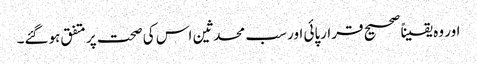
اور وہ یقیناً صحیح قرارپائی اور سب محدثین اس کی صحت پر متفق ہوگئے۔